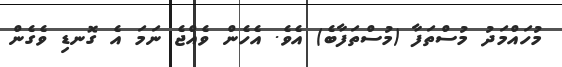
މުހައްމަދު މުސްތަފާ (މުސްތަފާބެ) އެވެ. އެހެން ވެއްޖެ ނަމަ އެ ގޮނޑި ވެގެން